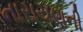
નારાયણની